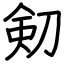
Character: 𠝏